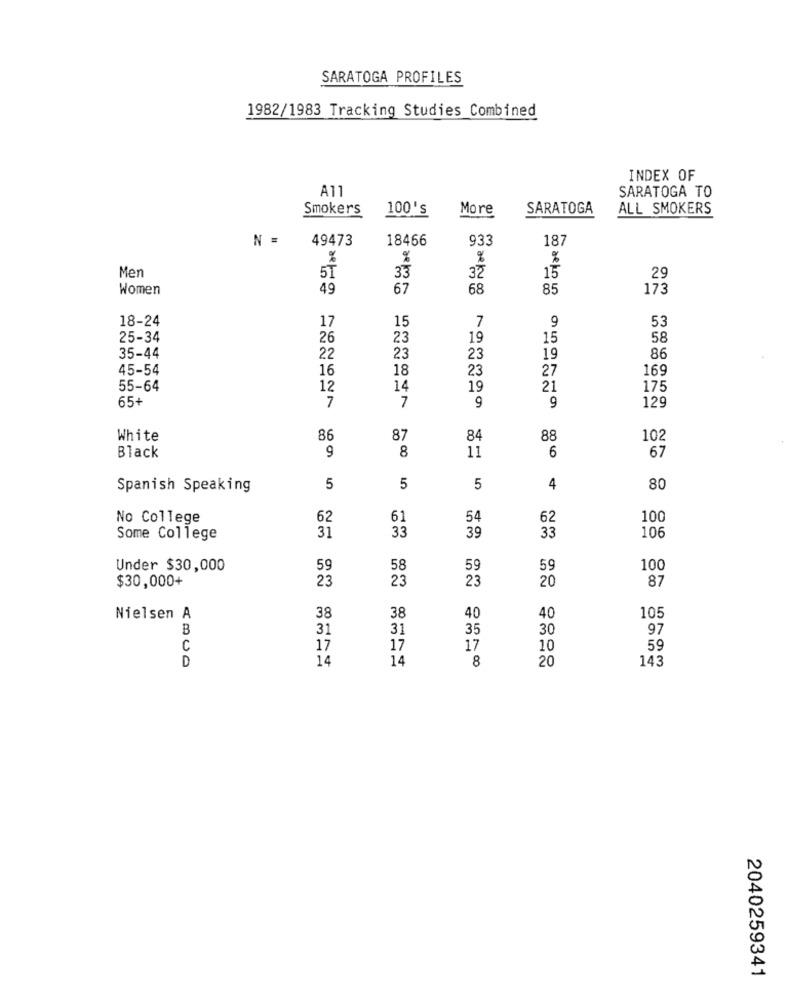
SARATOGA PROFILES
1982/1983 Tracking Studies Combined
INDEX OF
A11
SARATOGA TO
Smokers
100's
More
SARATOGA
ALL SMOKERS
N =
49473
18466
933
187
%
%
%
33
32
Men
51
15
29
Women
49
67
68
85
173
18-24
15
7
9
53
17
25-34
26
23
19
15
58
35-44
22
23
23
19
86
45-54
16
18
23
27
169
55-64
12
14
19
21
175
65+
7
7
9
9
129
White
86
87
84
88
102
9
8
11
6
Black
67
Spanish Speaking
5
5
5
4
80
No College
62
61
54
62
100
33
39
33
106
Some College
31
Under $30,000
59
58
59
59
100
$30,000+
23
23
23
20
87
Nielsen A
38
38
40
40
105
B
31
31
35
30
97
C
17
17
17
10
59
D
14
14
8
20
143
2040259341